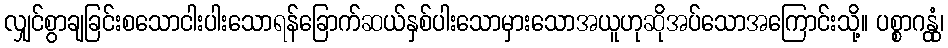
လျှင်စွာချခြင်းစသောငါးပါးသောရန်ခြောက်ဆယ်နှစ်ပါးသောမှားသောအယူဟုဆိုအပ်သောအကြောင်းသို့။ ပစ္စာဂန္တုံ၊